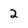
Character: 2